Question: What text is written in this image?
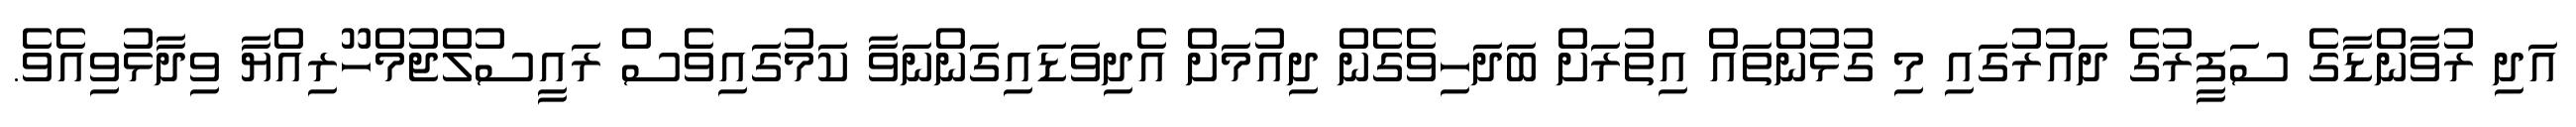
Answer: އަދި ރުވާންޑާގެ ސަފީރުގެ ދައުރުގައި މި ގުޅުންތައް އިތުރަށް ބަދަހިވެގެން ދިއުމަށް އެދިވަޑައިގަންނަވާ ކަމުގައިވެސް ރައީސުލްޖުމްހޫރިއްޔާ ވިދާޅުވިއެވެ.